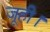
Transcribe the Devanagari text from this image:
जूही।